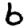
Digit: 6